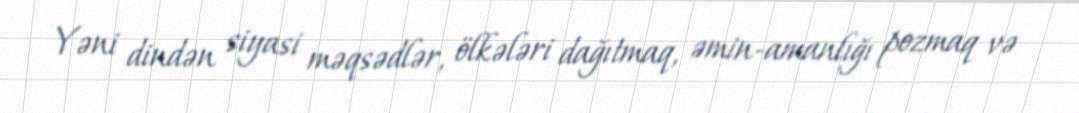
Yəni dindən siyasi məqsədlər, ölkələri dağıtmaq, əmin-amanlığı pozmaq və